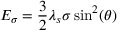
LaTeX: E _ { \sigma } = { \frac { 3 } { 2 } } \lambda _ { s } \sigma \sin ^ { 2 } ( \theta )